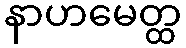
နာဟမေတ္ထ